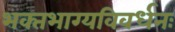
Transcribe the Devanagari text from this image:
भक्‍तभाग्यविवर्धनः